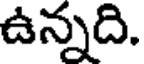
ఉన్నది.